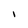
Character: l